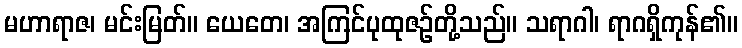
မဟာရာဇ၊ မင်းမြတ်။ ယေတေ၊ အကြင်ပုထုဇဉ်တို့သည်။ သရာဂါ၊ ရာဂရှိကုန်၏။